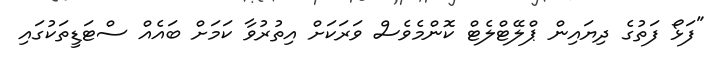
"ފަޅޯ ފަތުގެ ދިޔައިން ޕްލޭޓްލެޓް ކޮންމެވެސް ވަރަކަށް އިތުރުވާ ކަމަށް ބައެއް ސްޓަޑީތަކުގައި